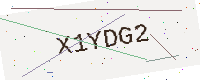
Text: X1YDG2